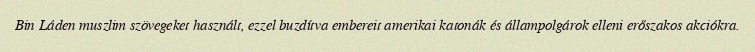
Bin Láden muszlim szövegeket használt, ezzel buzdítva embereit amerikai katonák és állampolgárok elleni erőszakos akciókra.